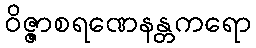
ဝိဇ္ဇာစရဏေနန္တကရော